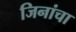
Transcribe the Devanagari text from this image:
जिनांचा